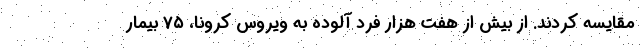
مقایسه کردند. از بیش از هفت هزار فرد آلوده به ویروس کرونا، ۷۵ بیمار